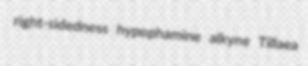
right-sidedness hypophamine alkyne Tillaea